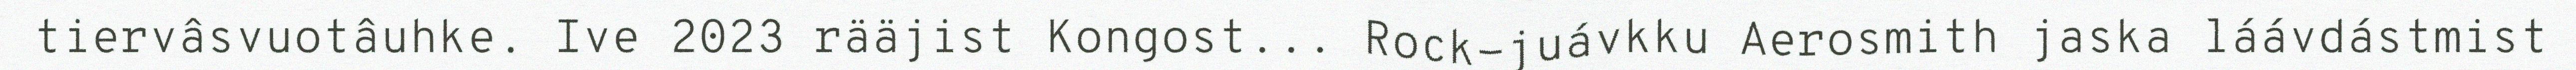
tiervâsvuotâuhke. Ive 2023 rääjist Kongost... Rock-juávkku Aerosmith jaska láávdástmist